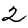
Digit: 2